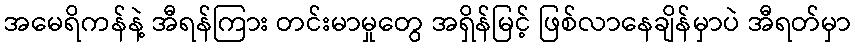
အမေရိကန်နဲ့ အီရန်ကြား တင်းမာမှုတွေ အရှိန်မြင့် ဖြစ်လာနေချိန်မှာပဲ အီရတ်မှာ